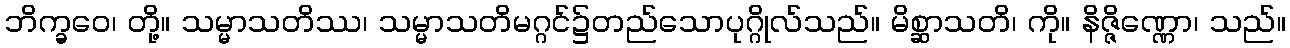
ဘိက္ခဝေ၊ တို့။ သမ္မာသတိဿ၊ သမ္မာသတိမဂ္ဂင်၌တည်သောပုဂ္ဂိုလ်သည်။ မိစ္ဆာသတိ၊ ကို။ နိဇ္ဇိဏ္ဏော၊ သည်။